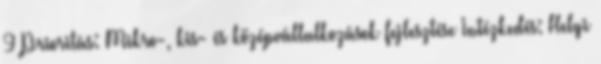
9 Prioritás: Mikro-, kis- és középvállalkozások fejlesztése Intézkedés: Helyi